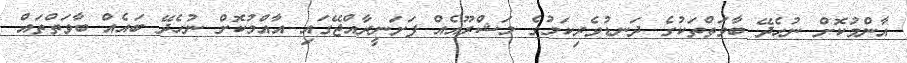
އާންމުކޮށް ނުހެދޭ ބާވަތްތަކުގެ ދަނޑުވެރިކަމުގެ މަޝްރޫއެއް ފަށަނީރާއްޖޭގައި އާއްމުކޮށް ނުހެދޭ ބައެއް ބާވަތްތައް